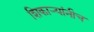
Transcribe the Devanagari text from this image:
शिकार्‍यांनीच